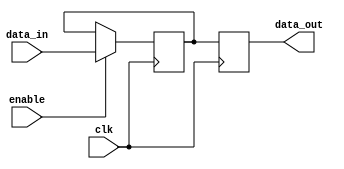
module hold_condition (
    input wire clk,          // Clock signal
    input wire enable,       // Enable signal
    input wire [7:0] data_in,// Data input signal (8-bit for example)
    output reg [7:0] data_out // Output signal (8-bit)
);

// Internal variable to hold the current state
reg [7:0] current_state;

initial begin
    // Define initial state
    current_state = 8'b00000000; // Initial state; can be adjusted as needed
    data_out = current_state;     // Output initial state
end

always @(posedge clk) begin
    if (enable) begin
        // Update current state on enable
        current_state <= data_in;
    end
    // If enable is low, hold the current state
    data_out <= current_state;
end

endmodule